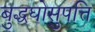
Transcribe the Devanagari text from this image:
बुद्धघोसुपत्ति